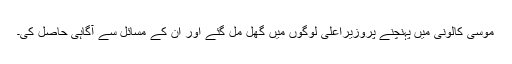
موسیٰ کالونی میں پہنچنے پروزیراعلیٰ لوگوں میں گھل مل گئے اور ان کے مسائل سے آگاہی حاصل کی۔